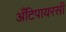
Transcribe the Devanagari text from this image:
अँटिपायरसी